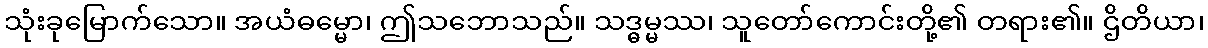
သုံးခုမြောက်သော။ အယံဓမ္မော၊ ဤသဘောသည်။ သဒ္ဓမ္မဿ၊ သူတော်ကောင်းတို့၏ တရား၏။ ဌိတိယာ၊